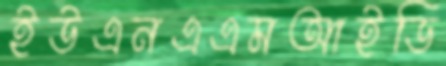
ইউএনএএমআইডি